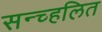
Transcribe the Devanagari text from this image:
सन्च्हलित